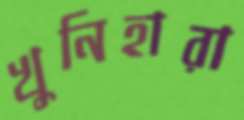
খুনিহারা